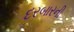
દરબારની